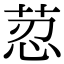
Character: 荵